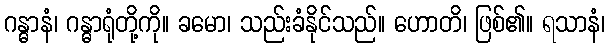
ဂန္ဓာနံ၊ ဂန္ဓာရုံတို့ကို။ ခမော၊ သည်းခံနိုင်သည်။ ဟောတိ၊ ဖြစ်၏။ ရသာနံ၊